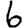
Digit: 6